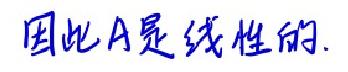
因此A是线性的.